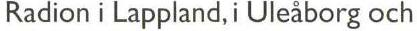
Radion i Lappland, i Uleåborg och